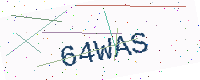
Text: 64WAS